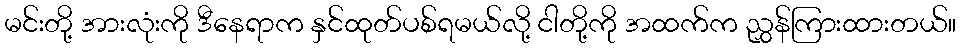
မင်းတို့ အားလုံးကို ဒီနေရာက နှင်ထုတ်ပစ်ရမယ်လို့ ငါတို့ကို အထက်က ညွှန်ကြားထားတယ်။